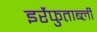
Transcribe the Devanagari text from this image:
इर्रेफुताब्ली